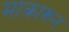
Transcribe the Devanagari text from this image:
माकारून